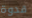
قدوة